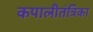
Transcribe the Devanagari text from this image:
कपालीतंत्रिका